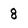
Character: 8